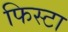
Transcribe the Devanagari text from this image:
फिस्टा